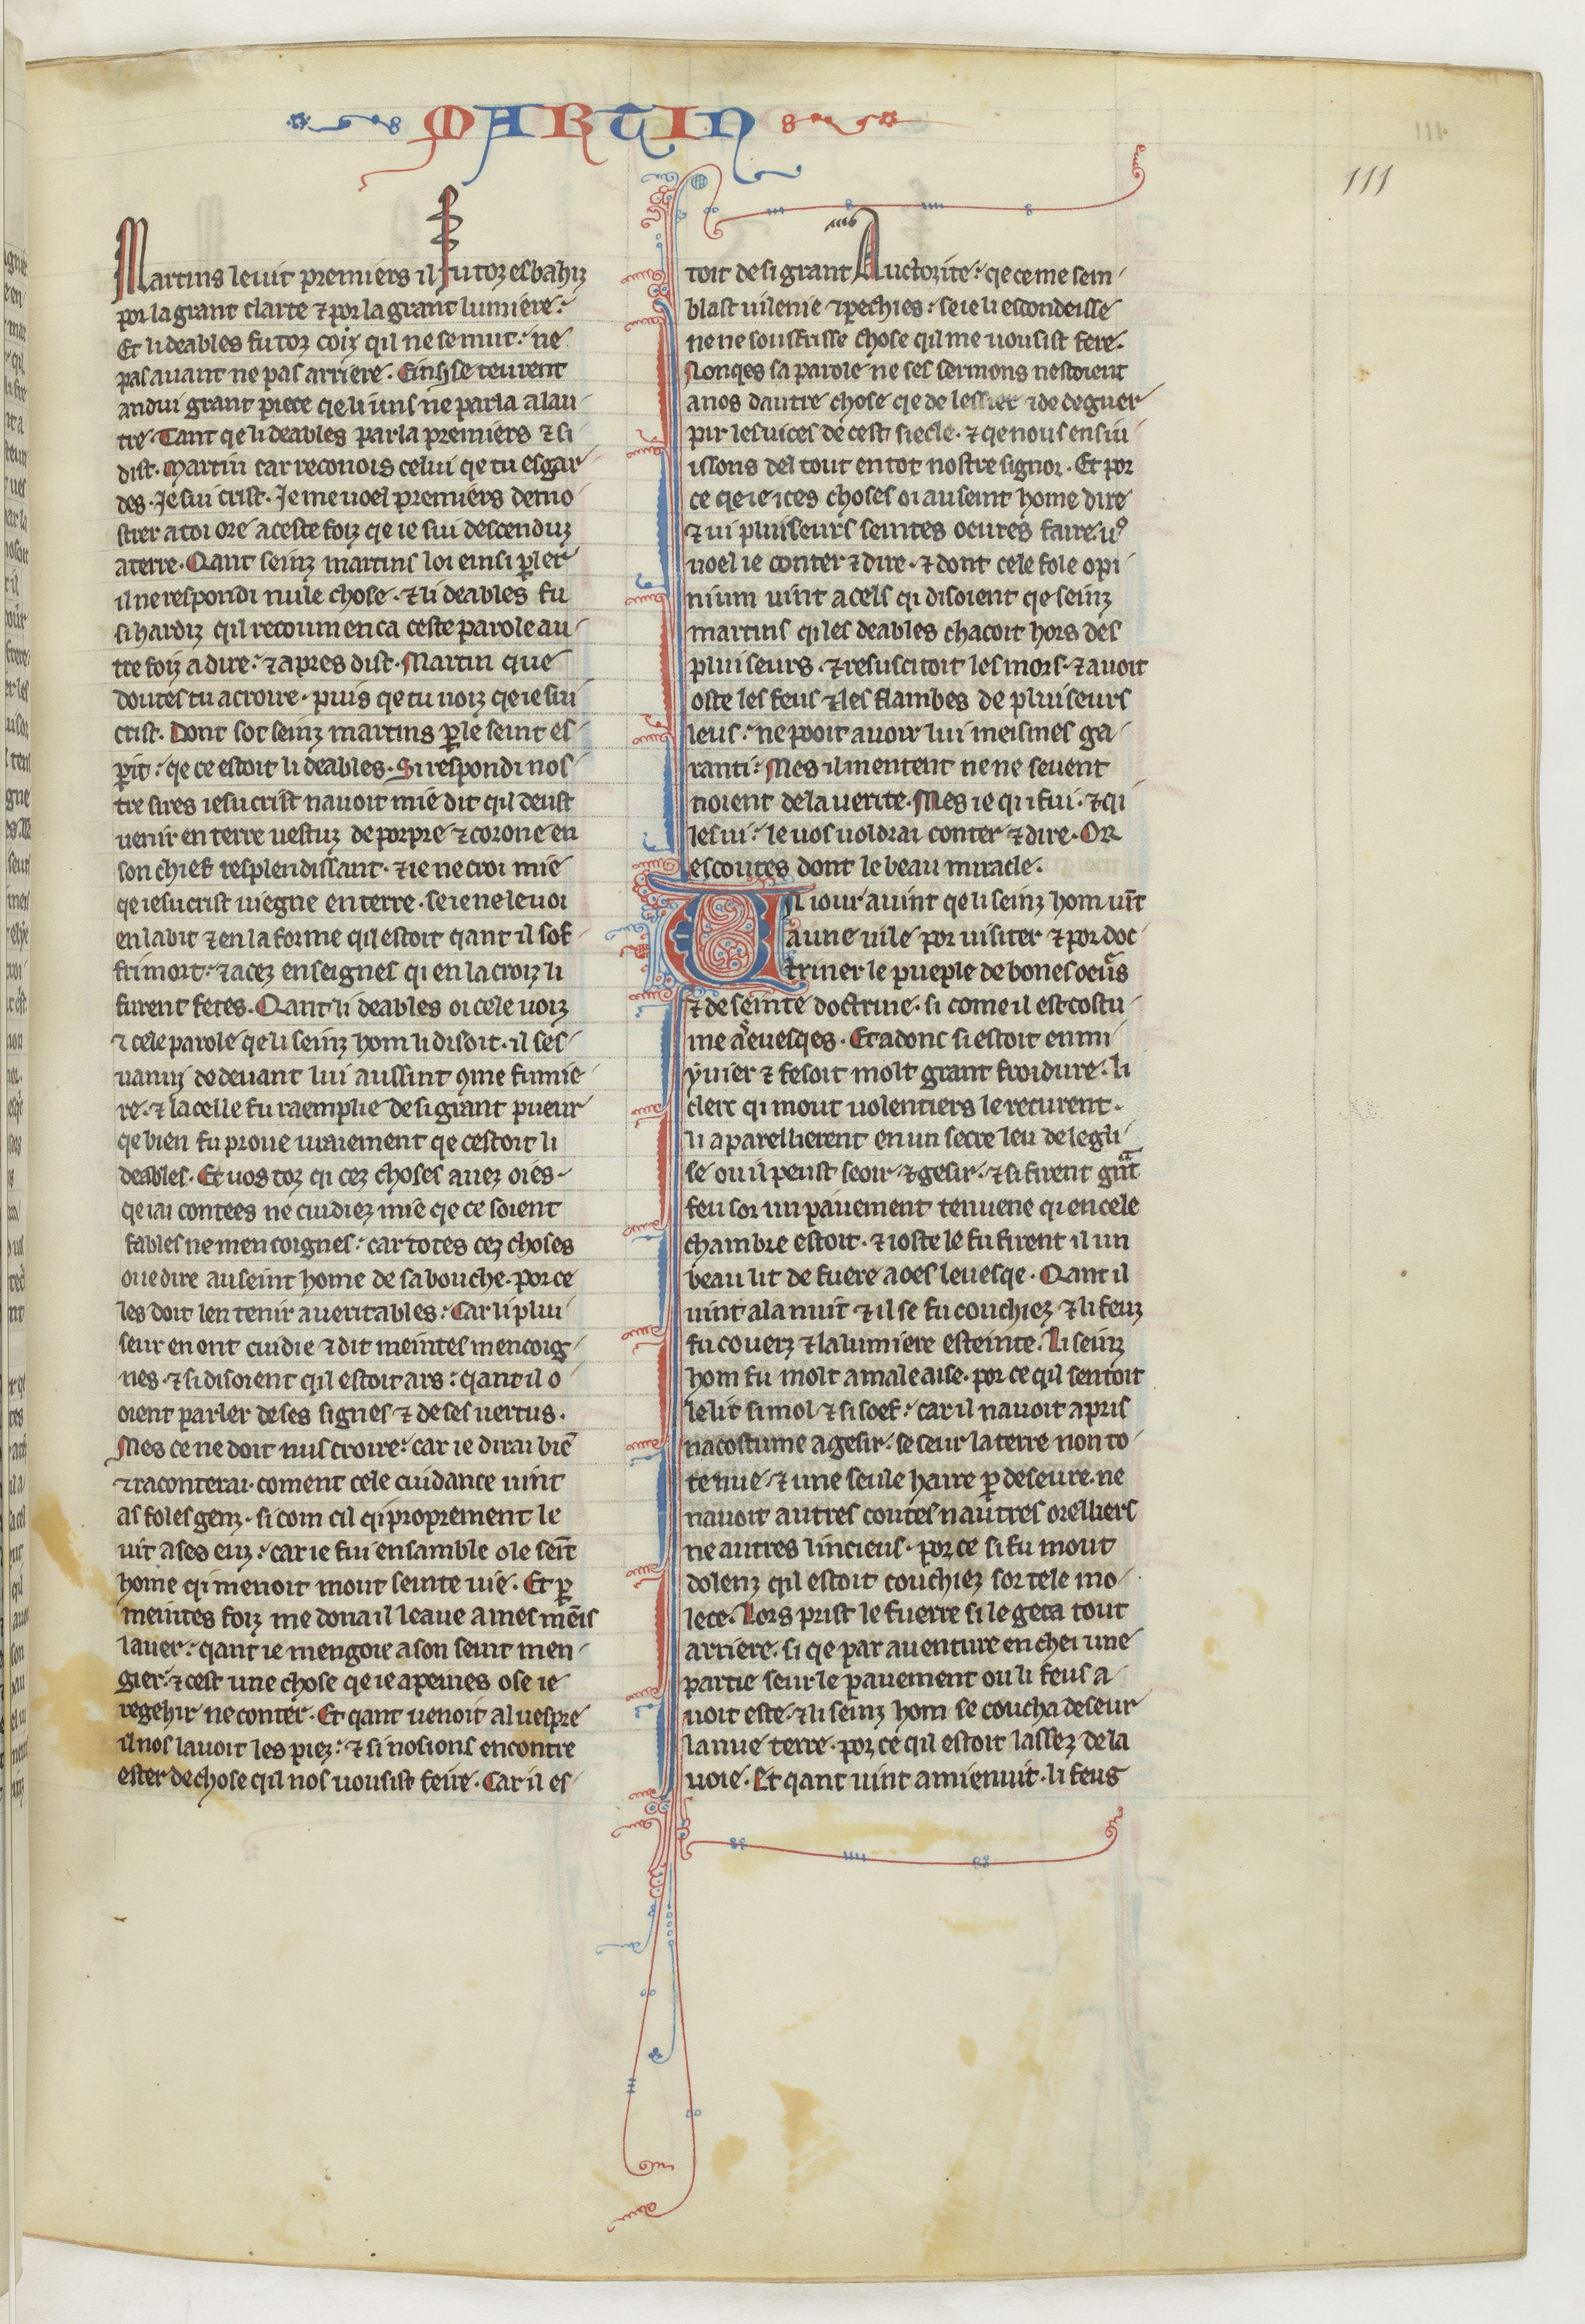
Shelfmark: Paris, BnF, fr. 412
Century: 13